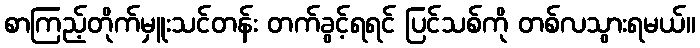
စာကြည့်တိုက်မှူးသင်တန်း တက်ခွင့်ရရင် ပြင်သစ်ကို တစ်လသွားရမယ်။